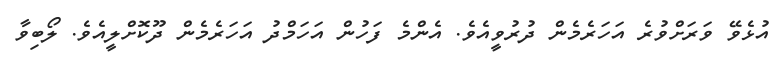
އުޅެވޭ ވަރަށްވުރެ އަހަރެމެން ދުރުވީއެވެ. އެންމެ ފަހުން އަހަމްދު އަހަރެމެން ދޫކޮށްލީއެވެ. ލޯބިވާ